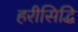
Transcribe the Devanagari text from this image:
हरीसिद्धि